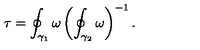
\tau = \oint _ { \gamma _ { 1 } } \omega \left( \oint _ { \gamma _ { 2 } } \omega \right) ^ { - 1 } .